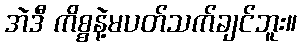
အဲဒီ ကိစ္စနဲ့မပတ်သက်ချင်ဘူး။